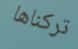
تركناها